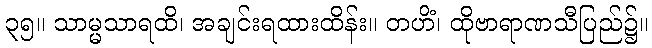
၃၅။ သာမ္မသာရထိ၊ အချင်းရထားထိန်း။ တဟိံ၊ ထိုဗာရာဏသီပြည်၌။